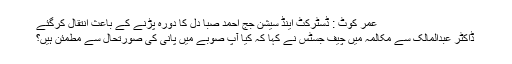
عمر کوٹ : ڈسٹرکٹ اینڈ سیشن جج احمد صبا دل کا دورہ پڑنے کے باعث انتقال کرگئے
ڈاکٹر عبدالمالک سے مکالمہ میں چیف جسٹس نے کہا کہ کیا آپ صوبے میں پانی کی صورتحال سے مطمئن ہیں؟